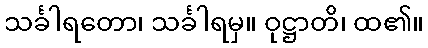
သင်္ခါရတော၊ သင်္ခါရမှ။ ဝုဋ္ဌာတိ၊ ထ၏။